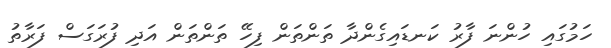
ހަމުގައި ހުންނަ ފާރު ކަނޑައިގެންދާ ތަންތަން ފިހޭ ތަންތަން އަދި ފުރަގަސް ފަރާތު